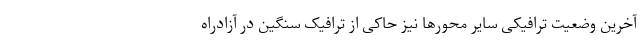
آخرین وضعیت ترافیکی سایر محورها نیز حاکی از ترافیک سنگین در آزادراه